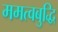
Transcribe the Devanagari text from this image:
ममत्वबुद्धि